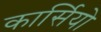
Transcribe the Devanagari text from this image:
कार्सियो